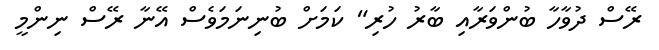
ރޭސް ދުވާހާ ބުންވަރާއި ބާރު ހުރި" ކަމަށް ބުނިނަމަވެސް އޭނާ ރޭސް ނިންމީ